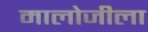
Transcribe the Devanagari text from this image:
मालोजीला